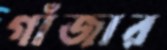
গাঁজার